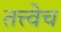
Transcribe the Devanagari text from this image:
तत्त्वेच